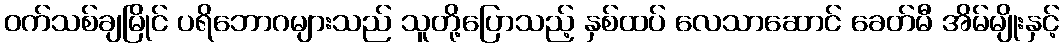
ဝက်သစ်ချမြိုင် ပရိဘောဂများသည် သူတို့ပြောသည့် နှစ်ထပ် လေသာဆောင် ခေတ်မီ အိမ်မျိုးနှင့်